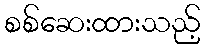
စစ်ဆေးထားသည့်